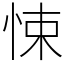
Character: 悚